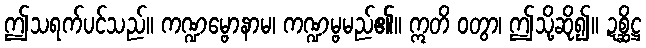
ဤသရက်ပင်သည်။ ကဏ္ဍမ္ဗောနာမ၊ ကဏ္ဍမ္ဗမည်၏။ ဣတိ ဝတွာ၊ ဤသို့ဆို၍။ ဍစ္ဆိဋ္ဌ